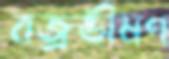
বজ্রভীষণ